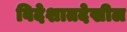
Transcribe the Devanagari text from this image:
विदेशातदेखील